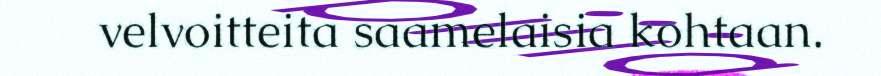
velvoitteita saamelaisia kohtaan.